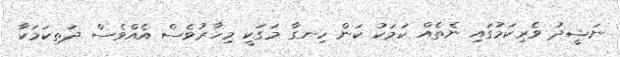
ނަޝީދު ވެރިކަމުގައި ނެތެެއް ކަމަކު ކަން ހިނގާ މަގަކީ މިހާރުވެސް އެއްވެސް ދަތިކަމަކާ